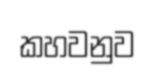
කහවනුව